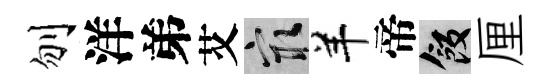
刎洋弟艾冣羊帝飯厘